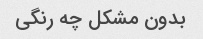
بدون مشکل چه رنگی